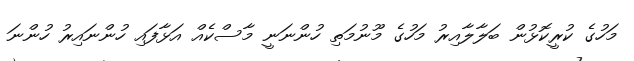
މަހުގެ ކުރީކޮޅުން ބަލާލާއިރު މަހުގެ މޫނުމަތި ހުންނަނީ މާސްކެއް އަޅާފައި ހުންނައިރު ހުންނަ